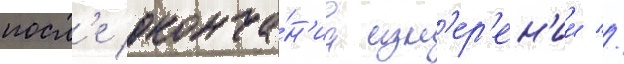
посл'е оконча́н'иа изм'ер'ен'ии //